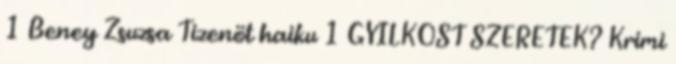
1 Beney Zsuzsa Tizenöt haiku 1 GYILKOST SZERETEK? Krimi